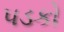
પડકો